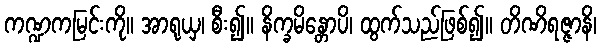
ကဏ္ဍကမြင်းကို။ အာရုယှ၊ စီး၍။ နိက္ခမိန္တောပိ၊ ထွက်သည်ဖြစ်၍။ တိဏိရဇ္ဇာနိ၊